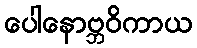
ပေါနောဗ္ဘဝိကာယ